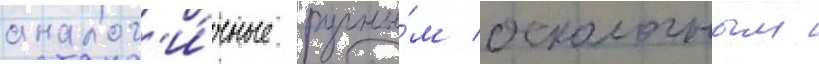
аналог'и́чные ручны́м осколочным